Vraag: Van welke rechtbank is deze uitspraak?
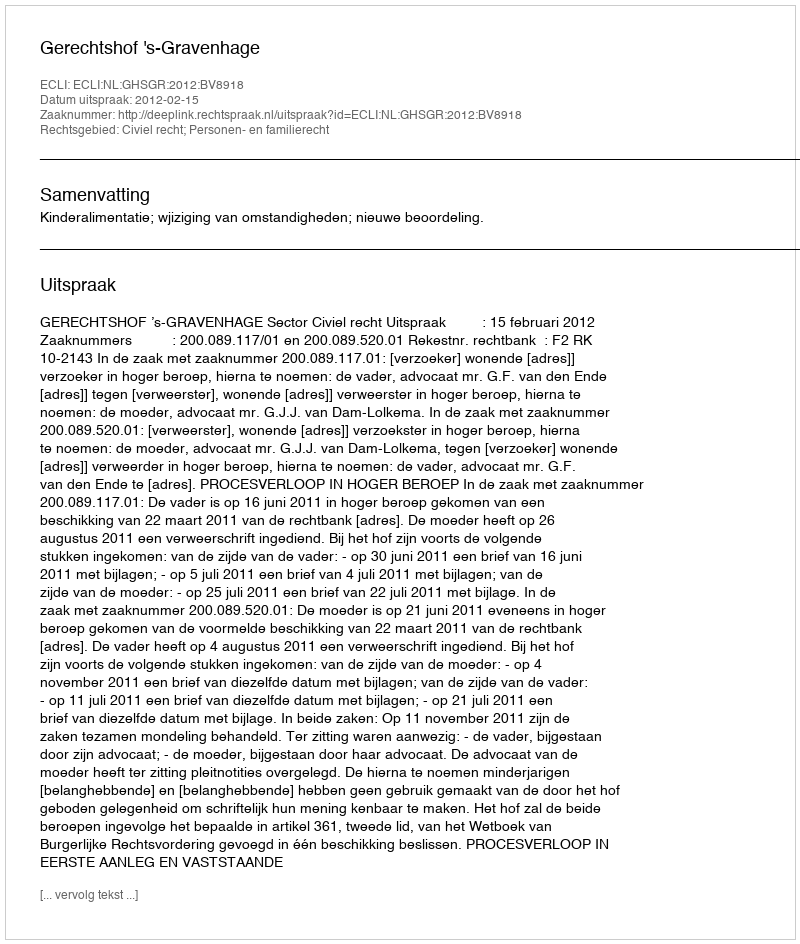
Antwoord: Gerechtshof 's-Gravenhage